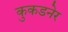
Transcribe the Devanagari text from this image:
कुकडनेर